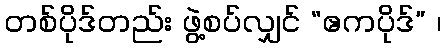
တစ်ပိုဒ်တည်း ဖွဲ့စပ်လျှင် “ဧကပိုဒ်” ၊